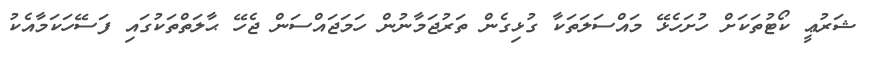
ޝަރުޢީ ކޯޓުތަކަށް ހުށަހެޅޭ މައްސަލަތަކާ ގުޅިގެން ތަރުޖަމާނުން ހަމަޖައްސަން ޖެހޭ ޙާލަތްތަކުގައި ފަސޭހަކަމާއެކު